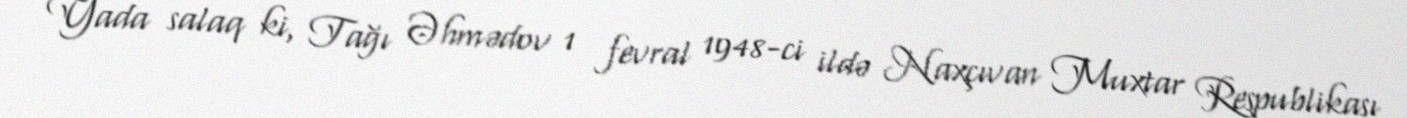
Yada salaq ki, Tağı Əhmədov 1 fevral 1948-ci ildə Naxçıvan Muxtar Respublikası